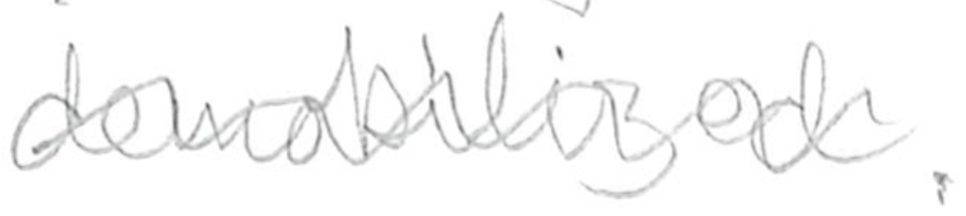
Text: demobilized.
Cross-out: wave
Writing tool: pencil